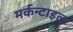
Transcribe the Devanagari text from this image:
मर्कन्टाइल